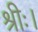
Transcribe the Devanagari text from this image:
श्रीः।